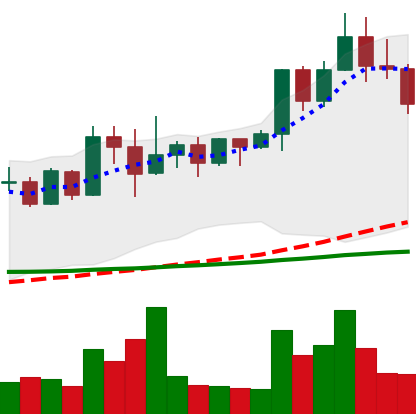
Ticker: XMR-USD
Chart end date: 2022-04-24
Forward return: -12.739%
Label: down_7plus